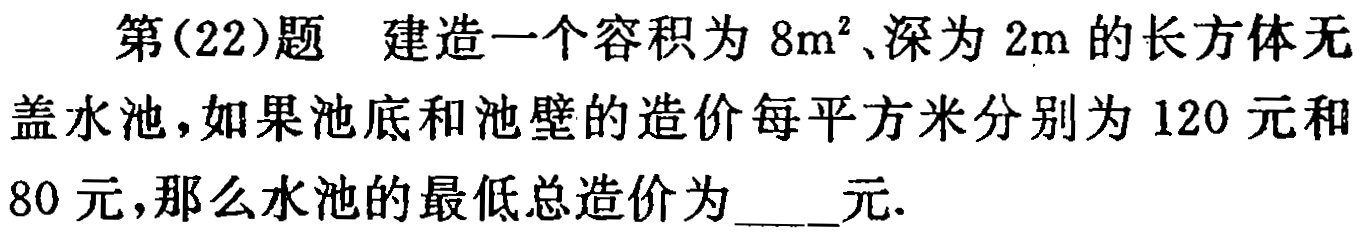
第(22)题 建造一个容积为 \(8m^{3}\)、深为 \(2m\) 的长方体无盖水池，如果池底和池壁的造价每平方米分别为 \(120\) 元和 \(80\) 元，那么水池的最低总造价为____元.